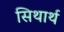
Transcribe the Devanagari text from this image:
सिथार्थ